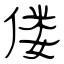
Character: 偻